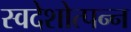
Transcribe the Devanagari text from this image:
स्वदेशोत्पन्न